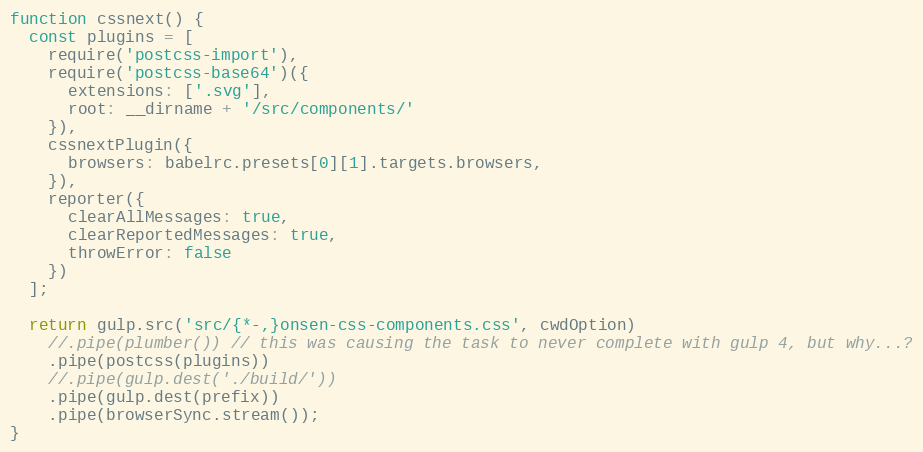
Language: JavaScript
function cssnext() {
  const plugins = [
    require('postcss-import'),
    require('postcss-base64')({
      extensions: ['.svg'],
      root: __dirname + '/src/components/'
    }),
    cssnextPlugin({
      browsers: babelrc.presets[0][1].targets.browsers,
    }),
    reporter({
      clearAllMessages: true,
      clearReportedMessages: true,
      throwError: false
    })
  ];

  return gulp.src('src/{*-,}onsen-css-components.css', cwdOption)
    //.pipe(plumber()) // this was causing the task to never complete with gulp 4, but why...?
    .pipe(postcss(plugins))
    //.pipe(gulp.dest('./build/'))
    .pipe(gulp.dest(prefix))
    .pipe(browserSync.stream());
}